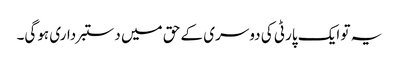
یہ تو ایک پارٹی کی دوسری کے حق میں دستبرداری ہوگی۔